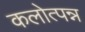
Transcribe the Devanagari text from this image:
कलोत्पन्न